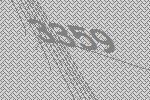
3359